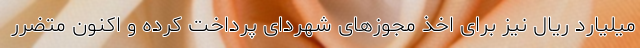
میلیارد ریال نیز برای اخذ مجوزهای شهردای پرداخت کرده و اکنون متضرر